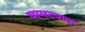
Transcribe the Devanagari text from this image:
घामटपणा